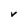
Character: V